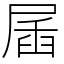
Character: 㞚